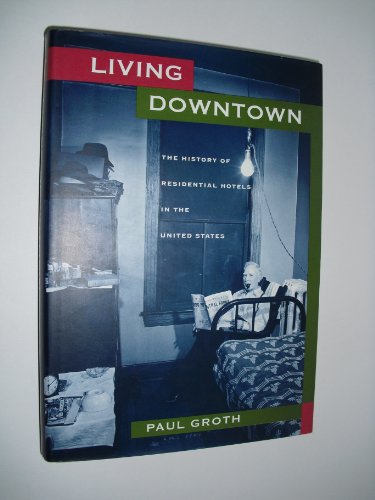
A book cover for Living Downtown: The History of Residential Hotels in the United States; Paul Groth; Travel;